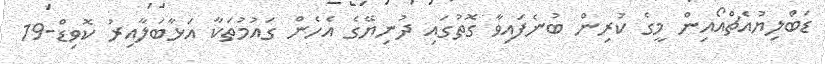
ޑަބްލިޔުއެޗްއޯއިން މީގެ ކުރިން ބުނެފައިވާ ގޮތުގައި ދުނިޔޭގެ އެހެން ގައުމުތަކާ އަޅާބަލާއިރު ކޮވިޑް-19